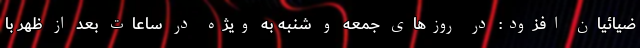
ضیائیان افزود: در روزهای جمعه و شنبه به ویژه در ساعات بعد از ظهر با